Tezpur Lunatic Asylum reports 1877-1894 - 1877-1894
Year: 1877
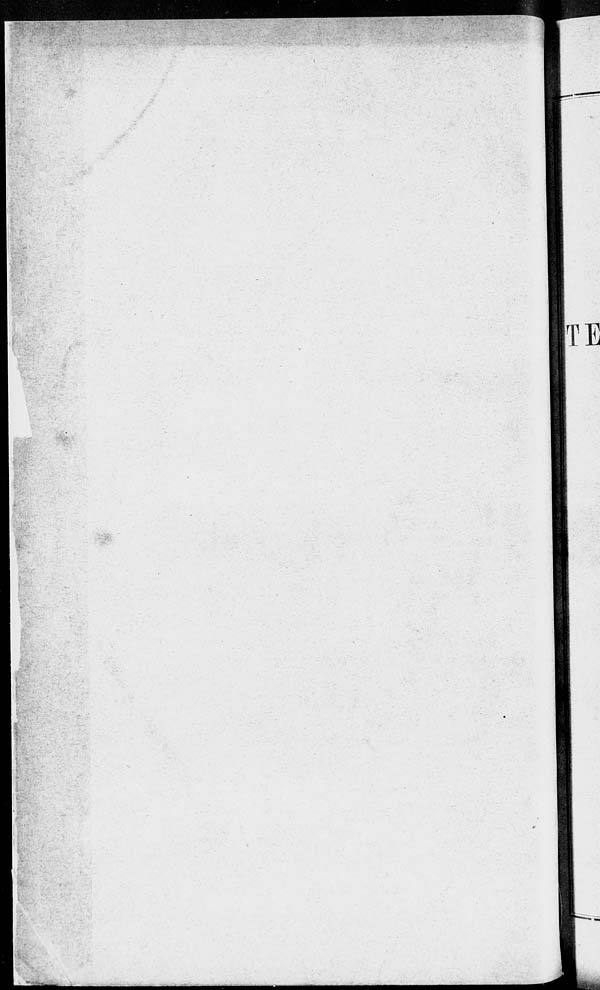
TE